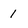
Character: I